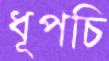
ধূপচি